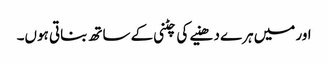
اور میں ہرے دھنیے کی چٹنی کے ساتھ بناتی ہوں۔